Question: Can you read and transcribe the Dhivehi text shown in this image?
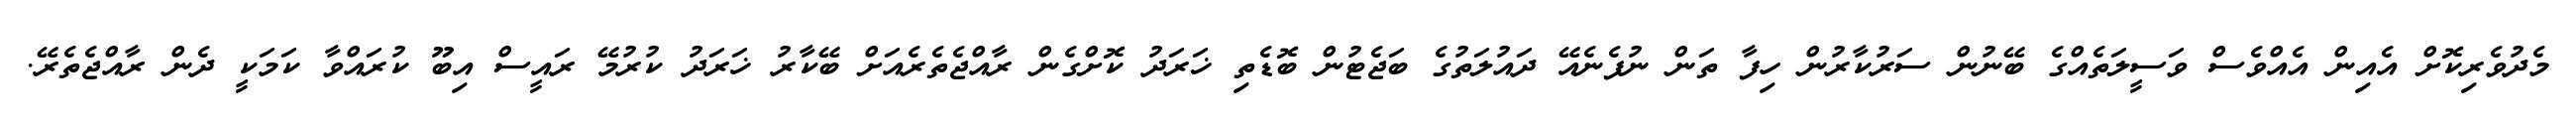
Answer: މެދުވެރިކޮށް އެއިން އެއްވެސް ވަސީލަތެއްގެ ބޭނުން ސަރުކާރުން ހިފާ ތަން ނުފެނެއޭ ދައުލަތުގެ ބަޖެޓުން ބޮޑެތި ޚަރަދު ކޮށްގެން ރާއްޖެތެރެއަށް ބޭކާރު ޚަރަދު ކުރުމޭ ރައީސް އިބޫ ކުރައްވާ ކަމަކީ ދެން ރާއްޖެތެރޭ.